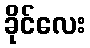
ခိုင်လေး